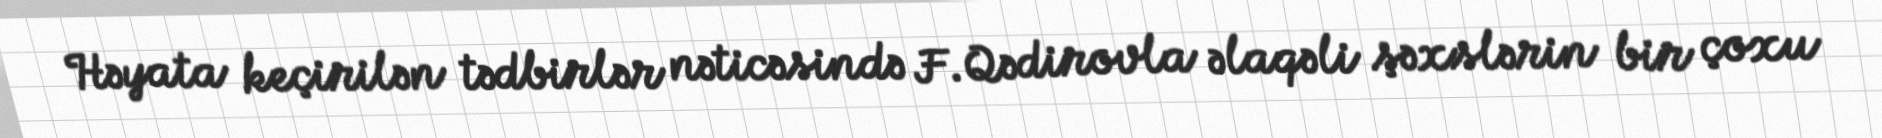
Həyata keçirilən tədbirlər nəticəsində F.Qədirovla əlaqəli şəxslərin bir çoxu